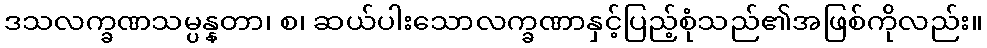
ဒသလက္ခဏသမ္ပန္နတာ၊ စ၊ ဆယ်ပါးသောလက္ခဏာနှင့်ပြည့်စုံသည်၏အဖြစ်ကိုလည်း။